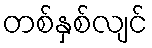
တစ်နှစ်လျင်